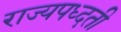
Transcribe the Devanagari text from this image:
राज्यपध्दती